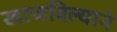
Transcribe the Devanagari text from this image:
खाजविल्याने